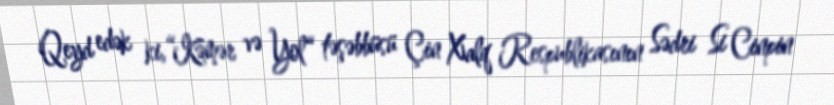
Qeyd edək ki,“Kəmər və Yol“ təşəbbüsü Çin Xalq Respublikasının Sədri Si Cinpin